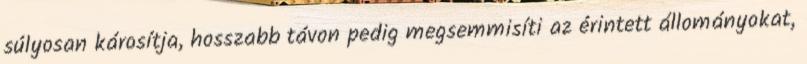
súlyosan károsítja, hosszabb távon pedig megsemmisíti az érintett állományokat,